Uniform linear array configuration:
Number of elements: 16
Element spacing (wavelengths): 1
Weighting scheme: blackman
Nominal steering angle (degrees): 60
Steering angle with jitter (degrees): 61.464
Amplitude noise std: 0.05
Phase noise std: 0.05

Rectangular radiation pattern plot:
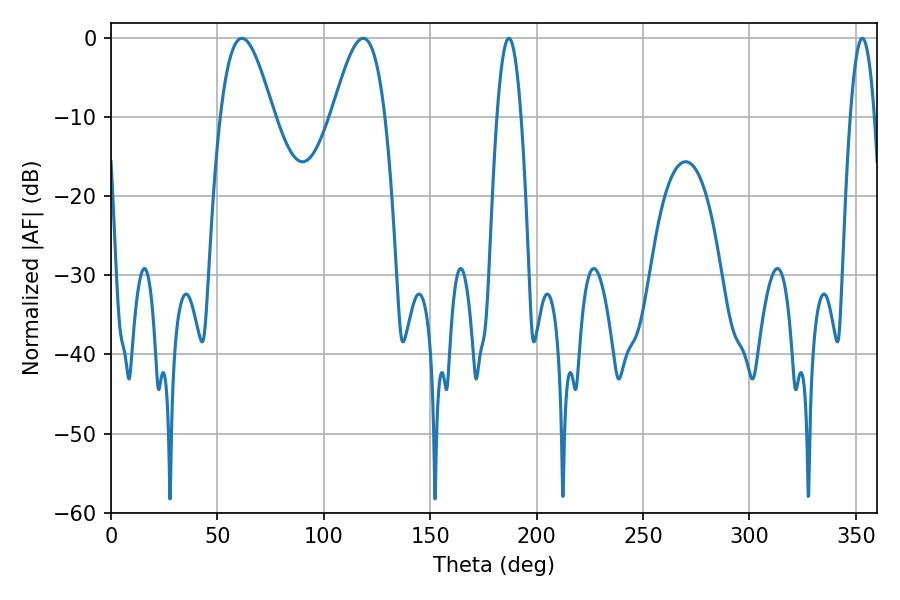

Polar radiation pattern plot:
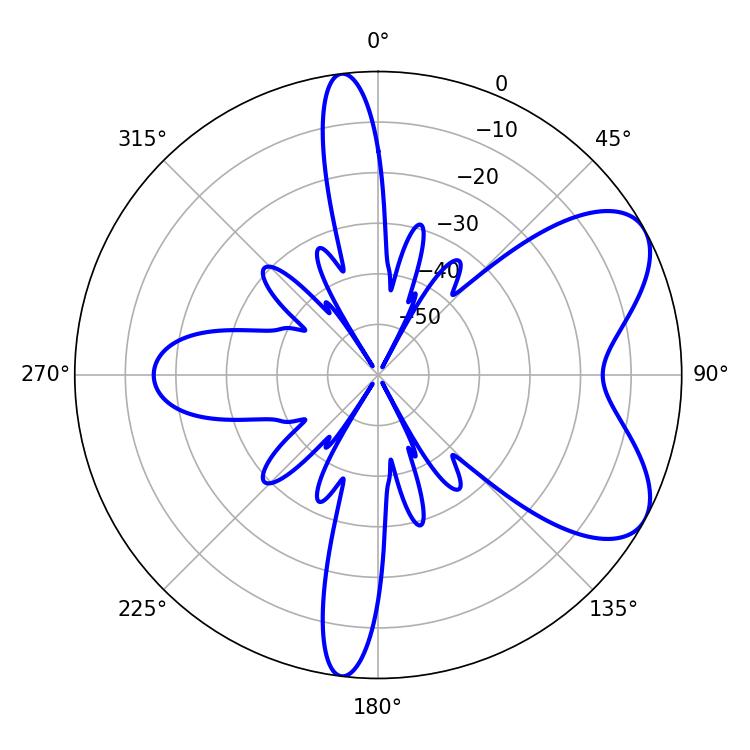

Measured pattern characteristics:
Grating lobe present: TRUE
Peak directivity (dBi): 6.669
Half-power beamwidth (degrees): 13.32
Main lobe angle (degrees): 61.56